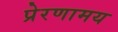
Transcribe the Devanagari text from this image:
प्रेरणामय